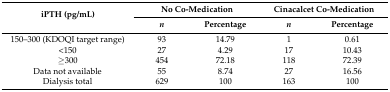
| <ROWSPAN=2> iPTH (pg/mL) | <COLSPAN=2> No Co-Medication | <COLSPAN=2> Cinacalcet Co-Medication |
 | n | Percentage | n | Percentage |
 | --- | --- | --- | --- | --- |
 | 150–300 (KDOQI target range) | 93 | 14.79 | 1 | 0.61 |
 | <150 | 27 | 4.29 | 17 | 10.43 |
 | ≥300 | 454 | 72.18 | 118 | 72.39 |
 | Data not available | 55 | 8.74 | 27 | 16.56 |
 | Dialysis total | 629 | 100 | 163 | 100 |